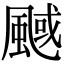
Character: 䬎